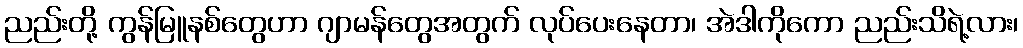
ညည်းတို့ ကွန်မြူနစ်တွေဟာ ဂျာမန်တွေအတွက် လုပ်ပေးနေတာ၊ အဲဒါကိုကော ညည်းသိရဲ့လား၊